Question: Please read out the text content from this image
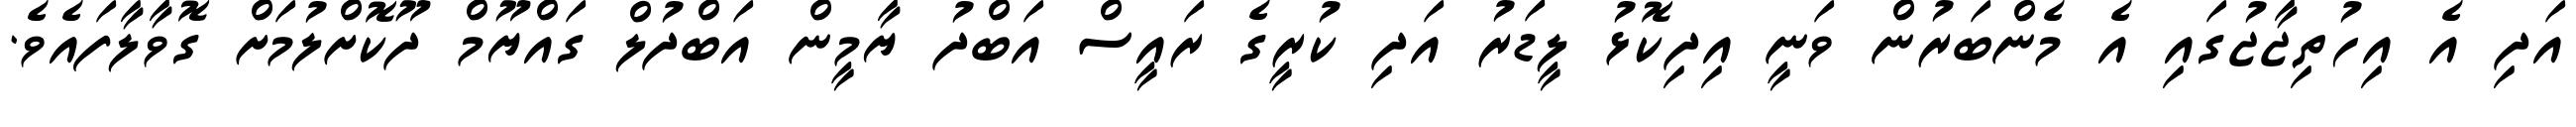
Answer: އަދި އެ އިހުތިޖާޖުގައި އެ މެންބަރުން ވަނީ އިދިކޮޅު ލީޑަރު އަދި ކުރީގެ ރައީސް އަބްދު ޔާމީން އަބްދުލް ގައްޔޫމް ދޫކޮށްލުމަށް ގޮވާލާފައެވެ.